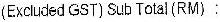
(EXCLUDED GST) SUB TOTAL (RM) :